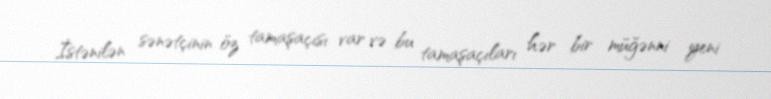
İstənilən sənətçinin öz tamaşaçısı var və bu tamaşaçıları hər bir müğənni yeni